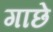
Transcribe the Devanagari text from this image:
गाछे